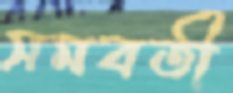
সমবতী